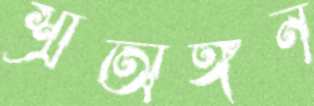
শ্রীঅঙ্গন